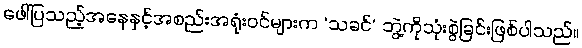
ဖေါ်ပြသည့်အနေနှင့်အစည်းအရုံးဝင်များက ‘သခင်’ ဘွဲ့ကိုသုံးစွဲခြင်းဖြစ်ပါသည်။